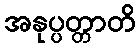
အနုပ္ပတ္တာတိ